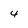
Character: 4